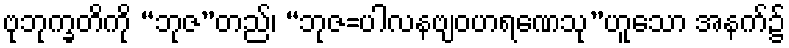
ဗုဘုက္ခတိကို “ဘုဇ”တည်၊ “ဘုဇ=ပါလနဗျဝဟရဏေသု”ဟူသော အနက်၌